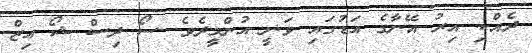
ދެއްކި އިރު އޭނާގެ އަޑުގައި ވަނީ އުންމީދެވެ. ސޯ ދިސް ޝޯ އިޒް